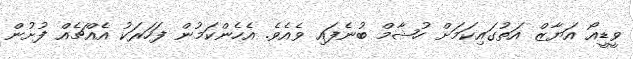
ވީޑީއޯ އަޔާޒް އަތުގައިކަމަށް ހުޝާމް ބުނެފައި ވެއެވެ. އެހެންކަމުން ފަހަރަކު އެއްޗެއް ފުށުން